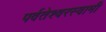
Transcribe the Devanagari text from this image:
पर्वतेश्‍वरस्वामी